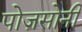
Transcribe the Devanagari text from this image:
पोज़सोनी